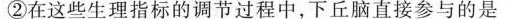
②在这些生理指标的调节过程中，下丘脑直接参与的是